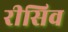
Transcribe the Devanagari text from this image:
रीसिव